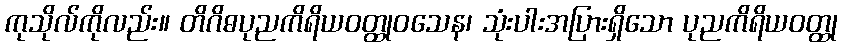
ကုသိုလ်ကိုလည်း။ တိဂိဓပုညကိရိယဝတ္ထုဝသေန၊ သုံးပါးအပြားရှိသော ပုညကိရိယဝတ္ထု